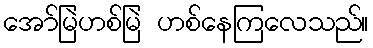
အော်မြဲဟစ်မြဲ ဟစ်နေကြလေသည်။